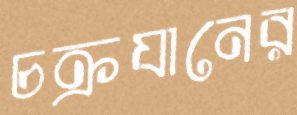
চক্রযানের